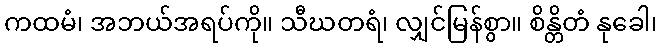
ကထမံ၊ အဘယ်အရပ်ကို။ သီဃတရံ၊ လျှင်မြန်စွာ။ စိန္တိတံ နုခေါ၊